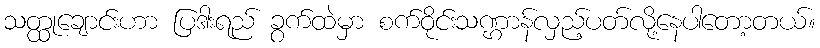
သတ္ထုချောင်းဟာ ပြဒါးရည် ခွက်ထဲမှာ စက်ဝိုင်းသဏ္ဌာန်လှည့်ပတ်လို့နေပါတော့တယ်။